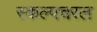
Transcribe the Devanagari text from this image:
स्‍कल्‍पचरल